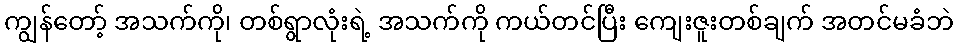
ကျွန်တော့် အသက်ကို၊ တစ်ရွာလုံးရဲ့ အသက်ကို ကယ်တင်ပြီး ကျေးဇူးတစ်ချက် အတင်မခံဘဲ